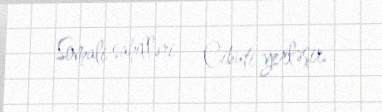
Somali sahilləri – Cibuti yerləşir.